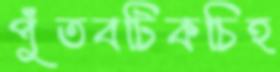
পুঁতবটিকচিহ